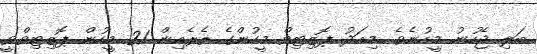
ބަލި ޖެހުނު މީހުނެވެ. މިއަދު ޕޮޒިޓިވް މީހުންގެ ތެރެއިން 21 މީހުން ޕޮޒިޓިވްވީ